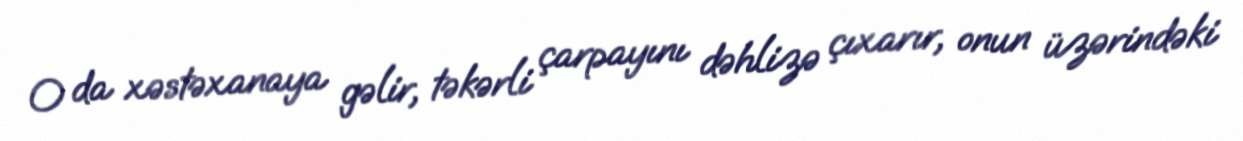
O da xəstəxanaya gəlir, təkərli çarpayını dəhlizə çıxarır, onun üzərindəki